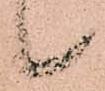
候